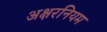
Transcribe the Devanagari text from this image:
अक्षरनियम